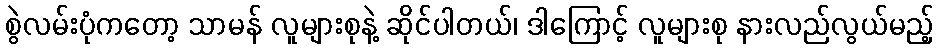
စွဲလမ်းပုံကတော့ သာမန် လူများစုနဲ့ ဆိုင်ပါတယ်၊ ဒါကြောင့် လူများစု နားလည်လွယ်မည့်